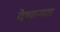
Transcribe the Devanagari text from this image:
देणाऱ्याा